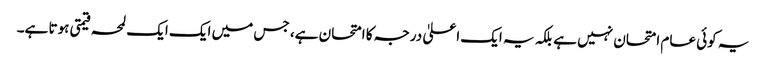
یہ کوئی عام امتحان نہیں ہے بلکہ یہ ایک اعلیٰ درجہ کا امتحان ہے، جس میں ایک ایک لمحہ قیمتی ہوتا ہے۔